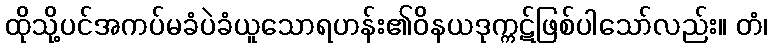
ထိုသို့ပင်အကပ်မခံပဲခံယူသောရဟန်း၏ဝိနယဒုက္ကဋ်ဖြစ်ပါသော်လည်း။ တံ၊